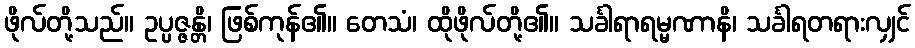
ဖိုလ်တို့သည်။ ဥပ္ပဇ္ဇန္တိ၊ ဖြစ်ကုန်၏။ တေသံ၊ ထိုဖိုလ်တို့၏။ သင်္ခါရာရမ္မဏာနိ၊ သင်္ခါရတရားလျှင်